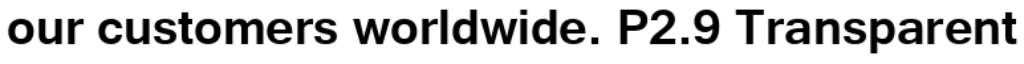
our customers worldwide. P2.9 Transparent